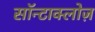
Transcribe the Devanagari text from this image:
सॉन्टाक्लोज़